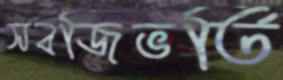
সবজিভর্তি